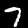
Digit: 7